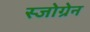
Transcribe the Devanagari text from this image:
स्जोग्रेन